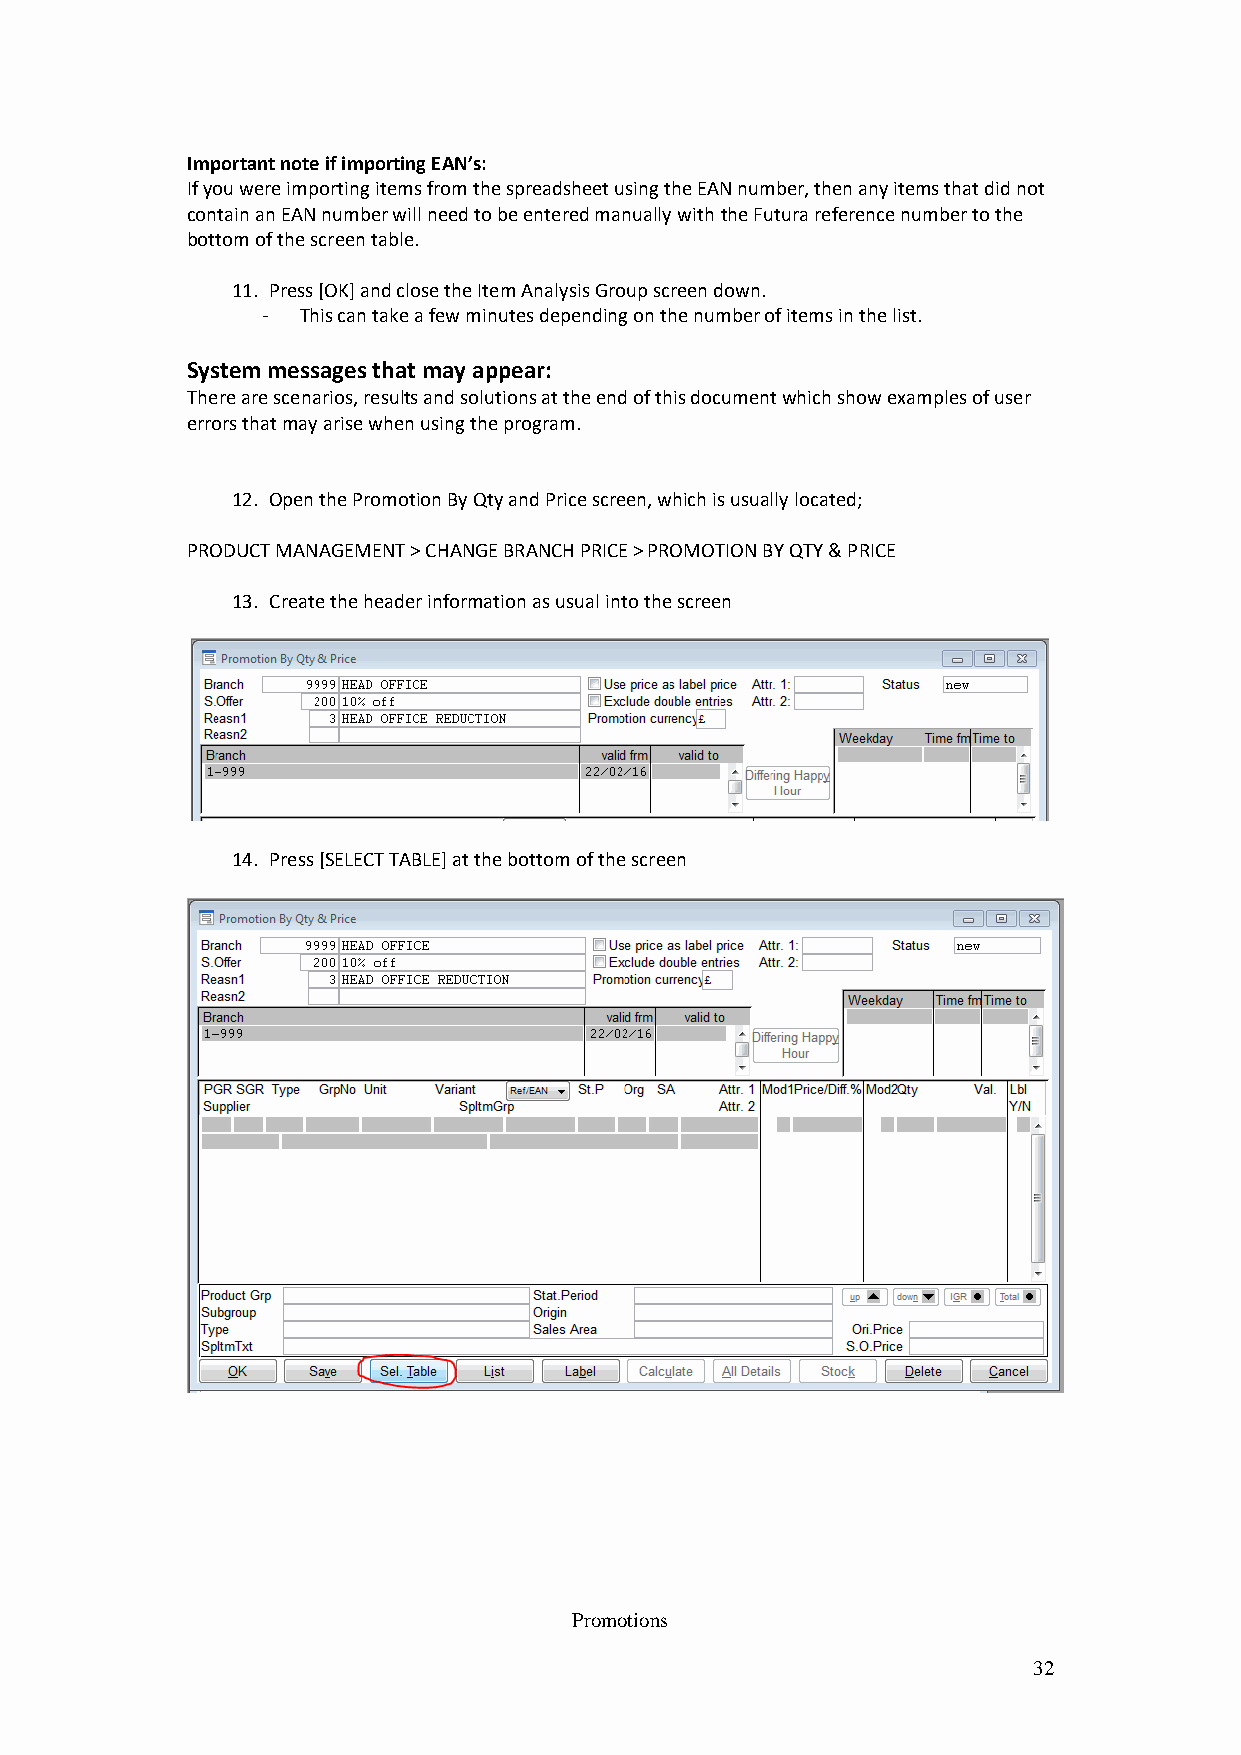
Important note if importing EAN’s:
 If you were importing items from the spreadsheet using the EAN number, then any items that did not
 contain an EAN number will need to be entered manually with the Futura reference number to the
 bottom of the screen table.
 11. Press [OK] and close the Item Analysis Group screen down.
 -  This can take a few minutes depending on the number of items in the list.
 System messages that may appear:
 There are scenarios, results and solutions at the end of this document which show examples of user
 errors that may arise when using the program.
 12. Open the Promotion By Qty and Price screen, which is usually located;
 PRODUCT MANAGEMENT > CHANGE BRANCH PRICE > PROMOTION BY QTY & PRICE
 13. Create the header information as usual into the screen
 14. Press [SELECT TABLE] at the bottom of the screen
 Promotions
 32